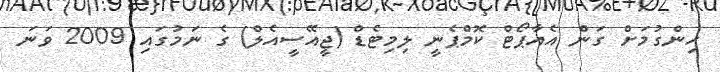
ހިންގުމަށް ގަން އެއާޕޯޓް ކޮމްޕެނީ ލިމިޓެޑް (ޖީއޭސީއެލް) ގެ ނަމުގައި 2009 ވަނަ